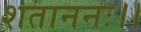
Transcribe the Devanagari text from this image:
शताननः।।